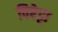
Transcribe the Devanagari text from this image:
विरेट्टा